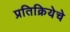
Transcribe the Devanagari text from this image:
प्रतिक्रियेचे